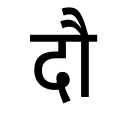
OCR:
दौ